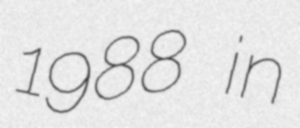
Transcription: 1988 in